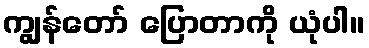
ကျွန်တော် ပြောတာကို ယုံပါ။